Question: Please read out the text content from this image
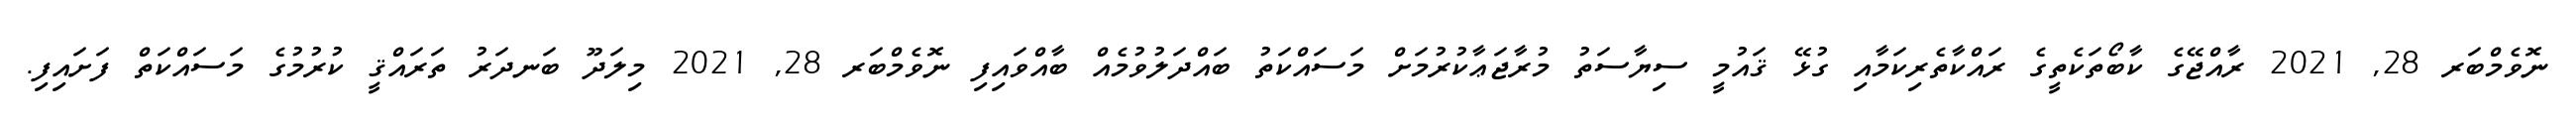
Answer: ނޮވެމްބަރ 28, 2021 ރާއްޖޭގެ ކާބޯތަކެތީގެ ރައްކާތެރިކަމާއި ގުޅޭ ޤައުމީ ސިޔާސަތު މުރާޖަޢާކުރުމަށް މަސައްކަތު ބައްދަލުވުމެއް ބާއްވައިފި ނޮވެމްބަރ 28, 2021 މިލަދޫ ބަނދަރު ތަރައްޤީ ކުރުމުގެ މަސައްކަތް ފަށައިފި.